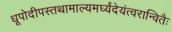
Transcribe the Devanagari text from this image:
धूपोदीपस्तथामाल्यमर्घ्यंदेयंत्वरान्वितैः